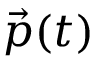
{ \vec { p } } ( t )